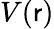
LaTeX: V(\mathsf{r})